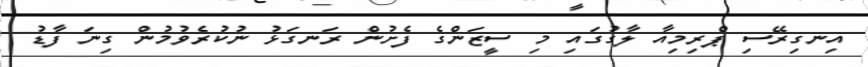
އިނގިރޭސި ޕްރިމިއާ ލާގުގައި މި ސީޒަންގެ ފެށުން ރަނގަޅު ނުކުރެވުމުން ގިނަ ފާޑު